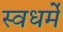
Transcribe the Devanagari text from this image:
स्वधर्मे